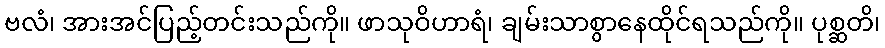
ဗလံ၊ အားအင်ပြည့်တင်းသည်ကို။ ဖာသုဝိဟာရံ၊ ချမ်းသာစွာနေထိုင်ရသည်ကို။ ပုစ္ဆတိ၊